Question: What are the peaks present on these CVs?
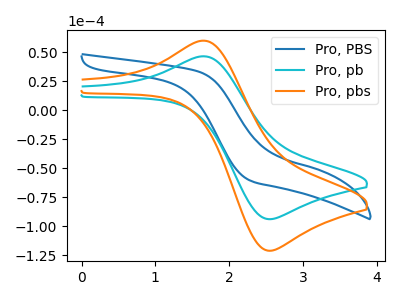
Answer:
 <answer>The blue curve "Pro, PBS" has no peaks. The cyan curve "Pro, pb" has an anodic peak at (1.70V, 46.30uA) and a cathodic peak at (2.55V, -93.85uA). The orange curve "Pro, pbs" has an anodic peak at (1.70V, 59.70uA) and a cathodic peak at (2.55V, -121.05uA).</answer>
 <eval></eval>